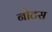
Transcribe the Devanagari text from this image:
नोटस